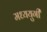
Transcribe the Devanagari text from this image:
मध्ययुगी